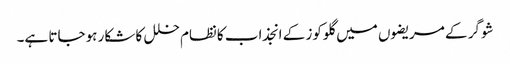
شوگر کے مریضوں میں گلوکوز کے انجذاب کانظام خلل کا شکار ہوجاتا ہے۔